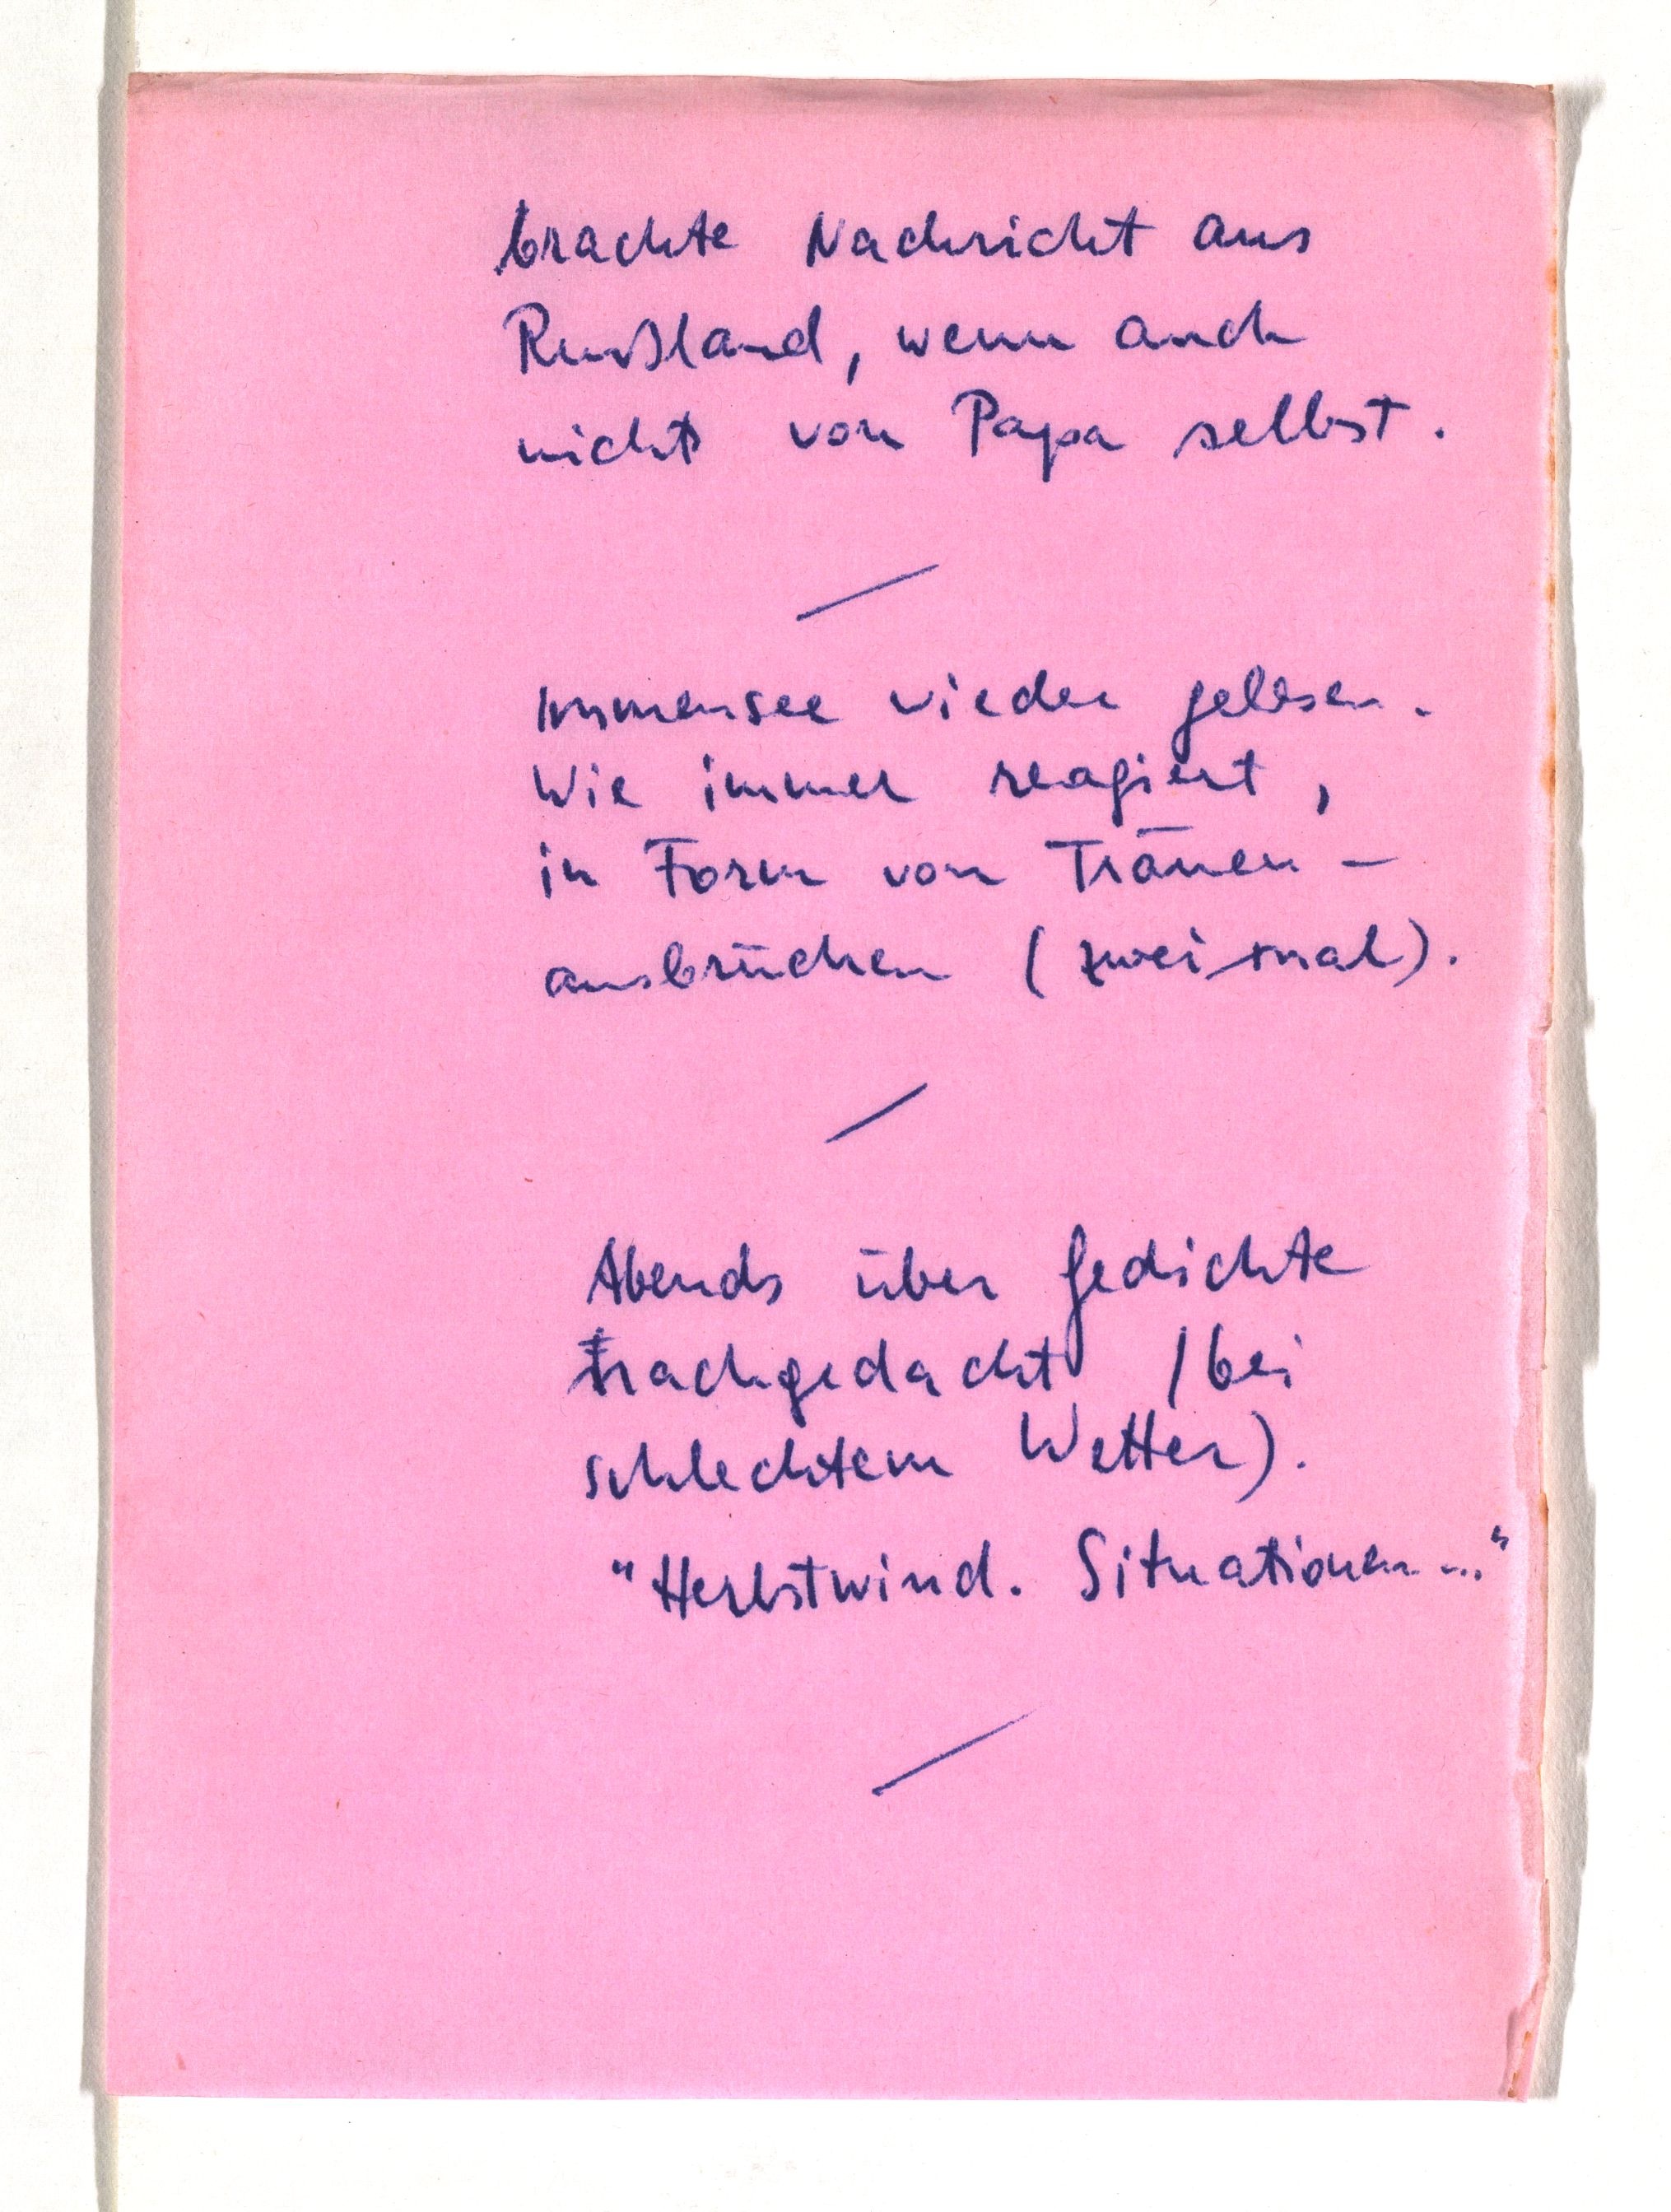
brachte Nachricht aus
Rußland, wenn auch
nichts von Papa selbst.
Immensee wieder gelesen.
Wie immer reagiert,
in Form von Tränen¬
ausbrüchen (zweimal).
Abends über Gedichte
nachgedacht (bei
schlechtem Wetter).
"Herbstwind. Situationen ..."